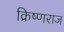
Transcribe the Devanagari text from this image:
क्रिष्णराज